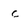
Character: c